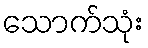
သောက်သုံး